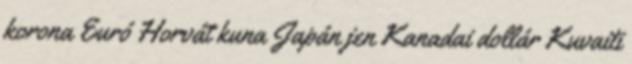
korona Euró Horvát kuna Japán jen Kanadai dollár Kuvaiti